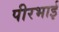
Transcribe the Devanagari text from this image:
पीरभाई